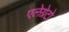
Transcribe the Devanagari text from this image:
एलेग्रेटो